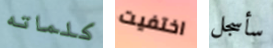
كلماته اختفيت سأسجل